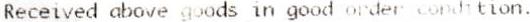
RECEIVED ABOVE GOODS IN GOOD ORDER CONDITION.